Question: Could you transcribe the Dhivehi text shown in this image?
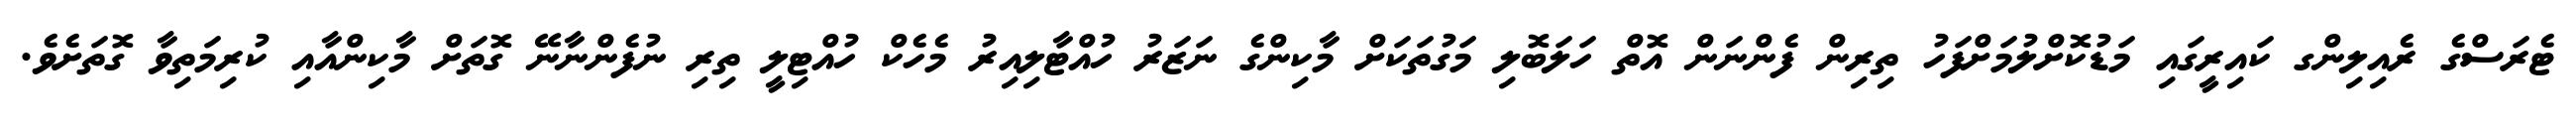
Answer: ޓެރަސްގެ ރެއިލިންގ ކައިރީގައި މަޑުކޮށްލުމަށްފަހު ތިރިން ފެންނަން އޮތް ހަލަބޮލި މަގުތަކަށް މާކިންގެ ނަޒަރު ހުއްޓާލިއިރު މެހެކް ހުއްޓިލީ ތިރި ނުފެންނާނޭ ގޮތަށް މާކިންއާއި ކުރިމަތިވާ ގޮތަށެވެ.